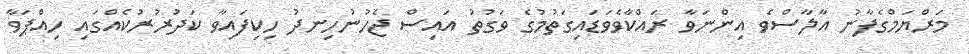
މަރްޔަމްގެފާނު އާލާސްވެ އިންނަވާ ރައްކާވެވަޑައިގަތުމުގެ ވަގުތު އައިސް ޖެހުނުހިނދު ހިކިފައިވާ ކަދުރުރުކެއްގައި ހިއްޕަވާ